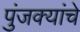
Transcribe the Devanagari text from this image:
पुंजक्यांचे